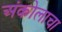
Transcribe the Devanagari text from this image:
अंकोलाचा